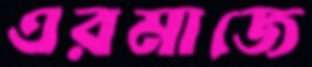
এরমাজে